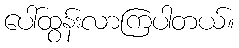
ပေါ်ထွန်းလာကြပါတယ်။